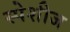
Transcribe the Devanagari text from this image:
स्पेशीज